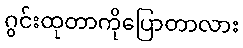
ဂွင်းထုတာကိုပြောတာလား